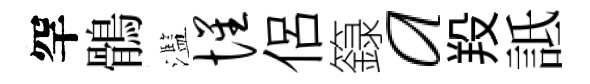
罕鶻濫惺侶籙a羖詆